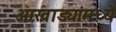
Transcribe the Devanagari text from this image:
आखाड्यांमध्ये